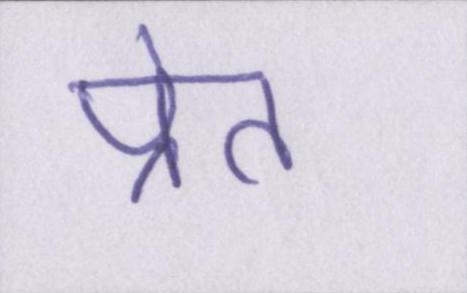
प्रेत